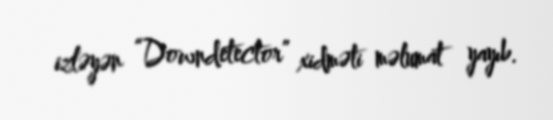
izləyən “Downdetector” xidməti məlumat yayıb.